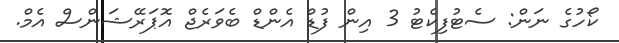
ކޯހުގެ ނަން: ސެޓުފިކެޓު 3 އިން ފުޑް އެންޑް ބެވަރެޖް އޮޕަރޭޝަންސް އެމް.